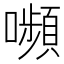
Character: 嚬